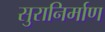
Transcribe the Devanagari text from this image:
सुरानिर्माण